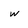
Character: w